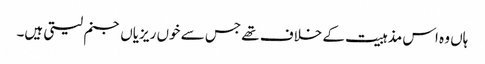
ہاں وہ اس مذہبیت کے خلاف تھے جس سے خوں ریزیاں جنم لیتی ہیں۔